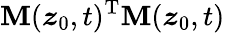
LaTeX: \mathbf{M}(\boldsymbol{z}_{0},t)^{\mathrm{T}}\mathbf{M}(\boldsymbol{z}_{0},t)